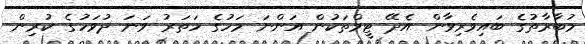
މުބާރާތުގެ ބައިވެރިވާން އެދޭ ޓީމްތަކުން އަންނަ މަހުގެ ހަތަރު ވަނަ ދުވަހުގެ ކުރިން